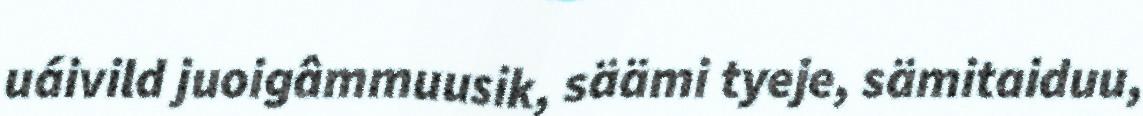
uáivild juoigâmmuusik, säämi tyeje, sämitaiduu,